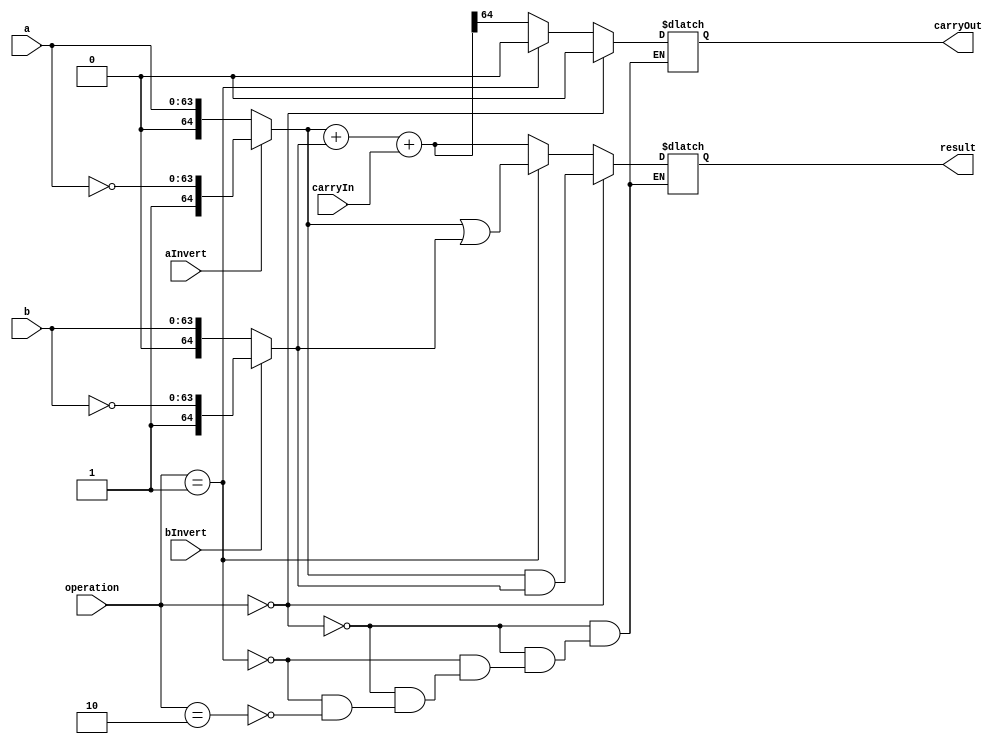
module ALU64Bit
  (
  input [63:0] a,
  input [63:0] b,
  input aInvert,
  input bInvert,
  input carryIn,
  input [1:0] operation,
  output reg [64:0] result,
  output reg carryOut
  );
  
  wire [64:0] aNew;
  assign aNew = aInvert ? {{1'b1},~a} : {{1'b0},a};
  
  wire [64:0] bNew;
  assign bNew = bInvert ? {{1'b1},~b} : {{1'b0},b};
  
  wire [64:0] carryIn64;
  assign carryIn64 = {{64{1'b0}},carryIn};
  
  reg [64:0] fullResult;
  
  always @*
  if (operation == 2'b00)
    begin
    result = aNew & bNew;
    carryOut = 1'b0;
    end
  else if (operation == 2'b01)
    begin
    result = aNew | bNew;
    carryOut = 1'b0;
    end
  else if (operation == 2'b10)
    begin
    fullResult = aNew + bNew + carryIn64;
    result = fullResult;
    carryOut = result[64];
    end
    
endmodule